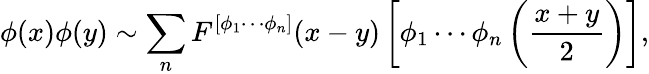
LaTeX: \phi(x)\phi(y)\sim\sum_{n}F^{[\phi_{1}\cdots\phi_{n}]}(x-y)\left[\phi_{1}\cdots\phi_{n}\left({\frac{x+y}{2}}\right)\right],